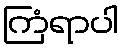
ကြံရာပါ